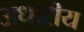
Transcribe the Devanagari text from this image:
अधारीय